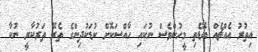
އިތުރު އެއްޗެއް ބޮޑެތި މީހުންވެސް ނުކައި ހާއްސަކޮށް ކުޑަކުދިންގެ ތެރޭ ތަރުކާރީ ނުކާ